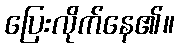
ပြေးလိုက်နေ၏။